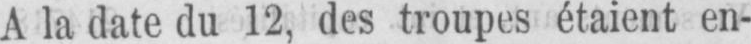
A la date du 12, des troupes étaient en-